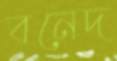
বনেদ